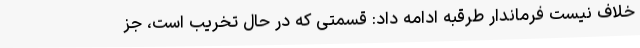
خلاف نیست فرماندار طرقبه ادامه داد: قسمتی که در حال تخریب است، جز